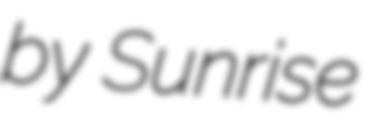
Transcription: by Sunrise